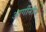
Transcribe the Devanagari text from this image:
आर्गीनीन